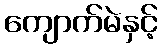
ကျောက်မဲနှင့်